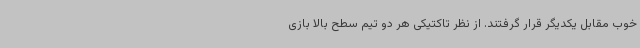
خوب مقابل یکدیگر قرار گرفتند. از نظر تاکتیکی هر دو تیم سطح بالا بازی